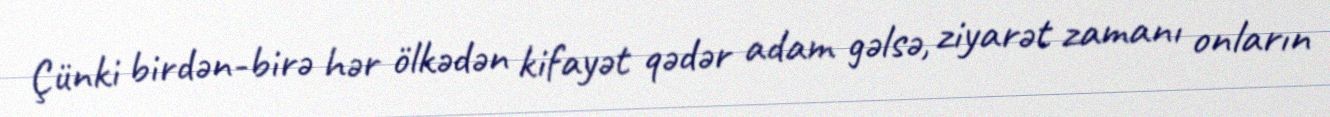
Çünki birdən-birə hər ölkədən kifayət qədər adam gəlsə, ziyarət zamanı onların